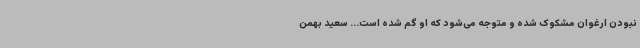
نبودن ارغوان مشکوک شده و متوجه می‌شود که او گم شده است... سعید بهمن